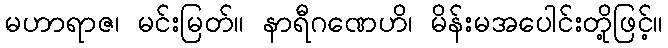
မဟာရာဇ၊ မင်းမြတ်။ နာရီဂဏေဟိ၊ မိန်းမအပေါင်းတို့ဖြင့်။